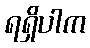
ရရှိပါက